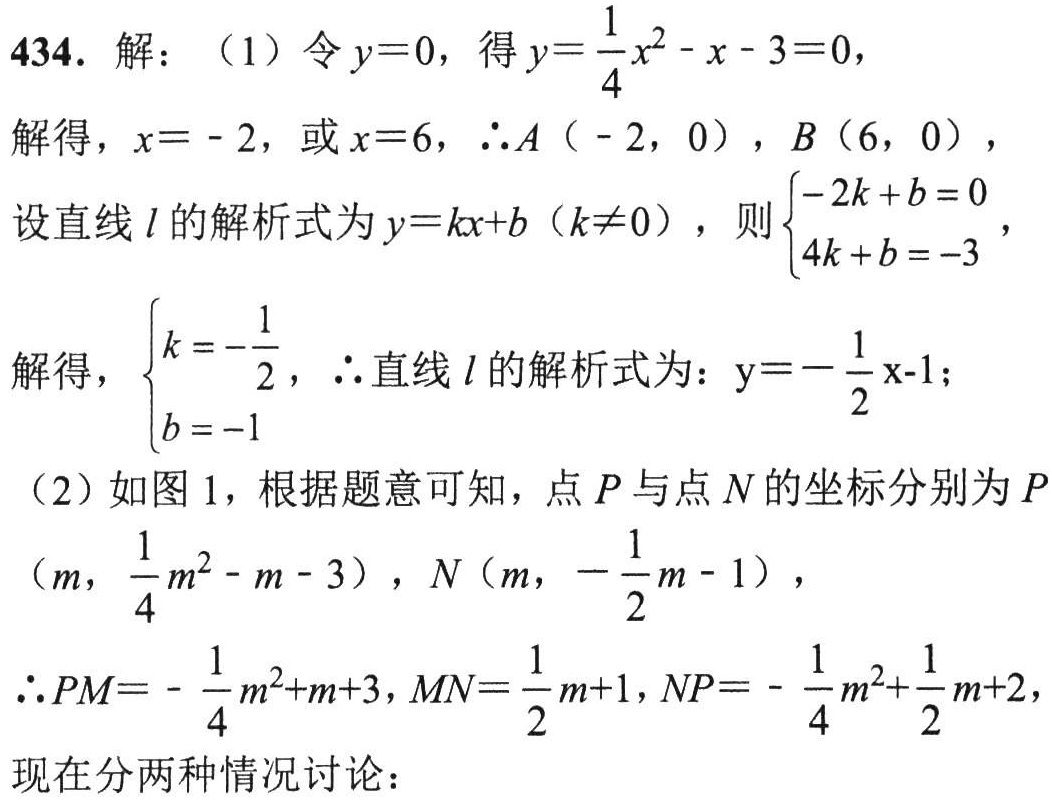
434. 解：（1）令\(y = 0\)，得\(y=\frac{1}{4}x^{2}-x - 3 = 0\)，
解得，\(x = - 2\)，或\(x = 6\)，\(\therefore A(-2,0)\)，\(B(6,0)\)，
设直线\(l\)的解析式为\(y = kx + b(k\neq0)\)，则\(\begin{cases}-2k + b = 0\\4k + b = - 3\end{cases}\)，
解得，\(\begin{cases}k =-\frac{1}{2}\\b = - 1\end{cases}\)，\(\therefore\)直线\(l\)的解析式为：\(y =-\frac{1}{2}x - 1\)；
（2）如图1，根据题意可知，点\(P\)与点\(N\)的坐标分别为\(P\left(m,\frac{1}{4}m^{2}-m - 3\right)\)，\(N\left(m,-\frac{1}{2}m - 1\right)\)，
\(\therefore PM =-\frac{1}{4}m^{2}+m + 3\)，\(MN=\frac{1}{2}m + 1\)，\(NP =-\frac{1}{4}m^{2}+\frac{1}{2}m + 2\)，
现在分两种情况讨论：